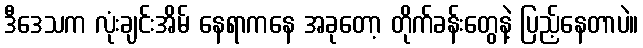
ဒီဒေသက လုံးချင်းအိမ် နေရာကနေ အခုတော့ တိုက်ခန်းတွေနဲ့ ပြည့်နေတာပဲ။